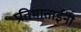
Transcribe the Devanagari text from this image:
प्रतिभाताईंनी